Annual report on the mental hospital in the Central Provinces and Berar (Nagpur) - 1927-1951
Year: 1927
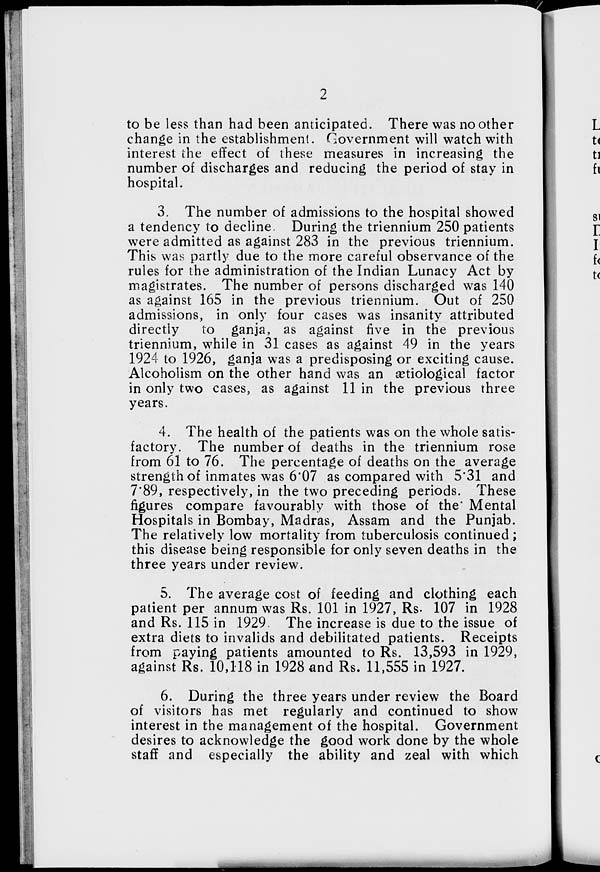
2
to be less than had been anticipated. There was no other
change in the establishment. Government will watch with
interest the effect of these measures in increasing the
number of discharges and reducing the period of stay in
hospital.
3. The number of admissions to the hospital showed
a tendency to decline. During the triennium 250 patients
were admitted as against 283 in the previous triennium.
This was partly due to the more careful observance of the
rules for the administration of the Indian Lunacy Act by
magistrates. The number of persons discharged was 140
as against 165 in the previous triennium. Out of 250
admissions, in only four cases was insanity attributed
directly
to ganja, as against five in the previous
triennium, while in 31 cases as against 49 in the years
1924 to 1926, ganja was a predisposing or exciting cause.
Alcoholism on the other hand was an ætiological factor
in only two cases, as against 11 in the previous three
years.
4. The health of the patients was on the whole satis-
factory. The number of deaths in the triennium rose
from 61 to 76. The percentage of deaths on the average
strength of inmates was 6.07 as compared with 5.31 and
7.89, respectively, in the two preceding periods. These
figures compare favourably with those of the Mental
Hospitals in Bombay, Madras, Assam and the Punjab.
The relatively low mortality from tuberculosis continued;
this disease being responsible for only seven deaths in the
three years under review.
5. The average cost of feeding and clothing each
patient per annum was Rs. 101 in 1927, Rs. 107 in 1928
and Rs. 115 in 1929. The increase is due to the issue of
extra diets to invalids and debilitated patients. Receipts
from paying patients amounted to Rs. 13,593 in 1929,
against Rs. 10,118 in 1928 and Rs. 11,555 in 1927.
6. During the three years under review the Board
of visitors has met regularly and continued to show
interest in the management of the hospital. Government
desires to acknowledge the good work done by the whole
staff and especially the ability and zeal with which